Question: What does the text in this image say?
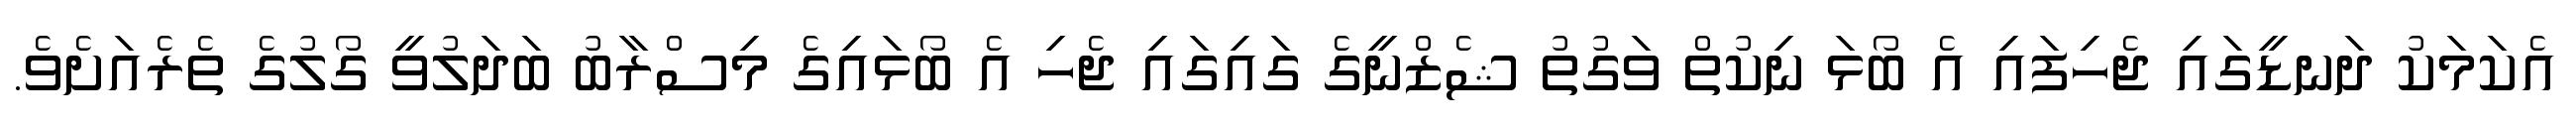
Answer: އެކަމަކު ދަނޑީގައި ޖެހިފައި އެ ބޯޅަ ނިކުތް ވަގުތު ޝެޒްނީގެ ގައިގައި ޖެހި އެ ބޯޅައިގެ މިސްރާބު ބަދަލުވީ ގޯލުގެ ތެރެއަށެވެ.